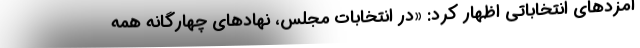
امزدهای انتخاباتی اظهار کرد: «در انتخابات مجلس، نهادهای چهارگانه همه